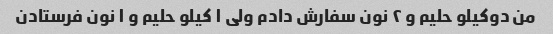
من دوکیلو حلیم و ۲ نون سفارش دادم ولی ۱ کیلو حلیم و ۱ نون فرستادن